Tezpur Lunatic Asylum reports 1895-1904 - 1895-1904
Year: 1895
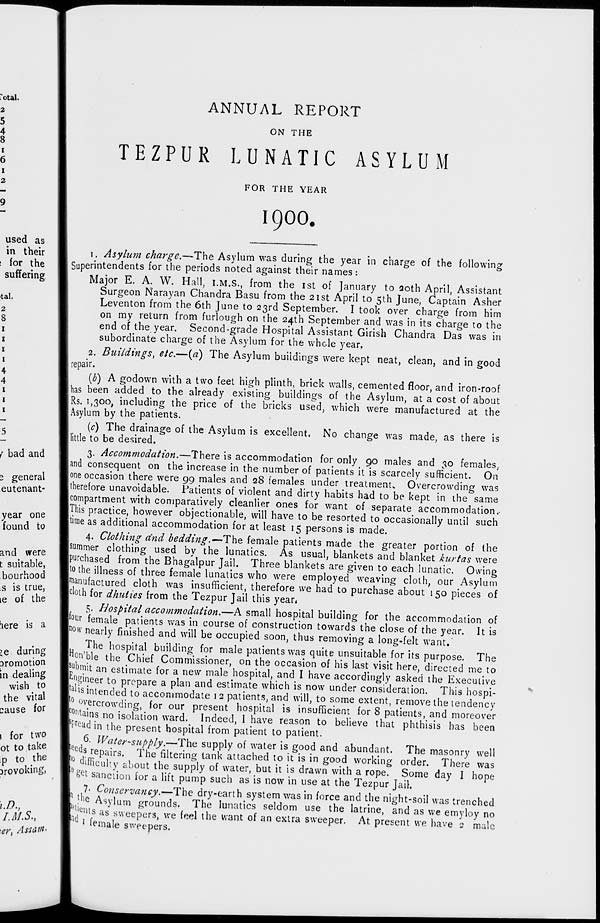
rotal.
2
5
4
8
i
6
i
2
ANNUAL REPORT
ON THE
TEZPUR LUNATIC ASYLUM
FOR THE YEAR
9
1900,
used as
in their
for the
suffering
tat.
2
8
I
I
I
I
4
4
1
1
1
{ bad and
3 general
eutenant-
year one
'found to
and were
t suitable,
bourhood
s is true,
ie of the
iere is a
ie during
Dromotion
in dealing
wish to
the vital
cause fc> r
j for two
ot to take
p to the
Drovoking,
i.D.,
/.M.S.,
er, Assart-
1. Asylum charge.—The Asylum was during the year in charge of the following
Superintendents for the periods noted against their names:
Major E. A. W. Hall, I.M.S., from the 1st of January to 20th April, Assistant
Surgeon Narayan Chandra Basu from the 21st April to 5th June, Captain Asher
Leventon from the 6th June to 23rd September. I took over charge from him
on my return from furlough on the 24th September and was in its charge to the
end of the year. Second-grade Hospital Assistant Girish Chandra Das was in
subordinate charge of the Asylum for the whole year,
2. Buildings, etc.—(a) The Asylum buildings were kept neat, clean, and in good
repair.
(b) A godown with a two feet high plinth, brick walls, cemented floor, and iron-roof
I has been added to the already existing buildings of the Asylum, at a cost of about
Rs. 1,300, including the price of the bricks used, which were manufactured at the
Asylum by the patients.
(c) The drainage of the Asylum is excellent. No change was made, as there is
I little to be desired.
3. Accommodation.—There is accommodation for only 90 males and 30 females,
land consequent on the increase in the number of patients it is scarcely sufficient. On
one occasion there were 99 males and 28 females under treatment. Overcrowding was
therefore unavoidable. Patients of violent and dirty habits had to be kept in the same
compartment with comparatively cleanlier ones for want of separate accommodation.-
This practice, however objectionable, will have to be resorted to occasionally until such
jtime as additional accommodation for at least 15 persons is made.
4. Clothing and bedding.—The female patients made the greater portion of the
Isummer clothing used by the lunatics. As usual, blankets and blanket kurtas were
[purchased from the Bhagalpur Jail. Three blankets are given to each lunatic. Owing
[to the illness of three female lunatics who were employed weaving cloth, our Asylum
[manufactured cloth was insufficient, therefore we had to purchase about 150 pieces of
Jcloth for dhnties from the Tezpur Jail this year*
5. Hospital accommodation.—A small hospital building for the accommodation of
jfour female patients was in course of construction towards the close of the year. It is
il n°w nearly finished and will be occupied soon, thus removing a long-felt want.
The hospital building for male patients was quite unsuitable for its purpose. The
IHon'ble the Chief Commissioner, on the occasion of his last visit here, directed me to
Fbmit an estimate for a new male hospital, and I have accordingly asked the Executive
l^ngineer to prepare a plan and estimate which is now under consideration. This hospi-
tal is intended to accommodate 12 patients, and will, to some extent, remove the tendency
jo overcrowding, for our present hospital is insufficient for 8 patients, and moreover
pntains no isolation ward. Indeed, I have reason to believe that phthisis has been
IP r ead in the present hospital from patient to patient.
6. Water-supply.—The supply of water is good and abundant. The masonry well
P ee as repairs. The filtering tank attached to it is in good working order. There was
0 difficulty about the supply of water, but it is drawn with a rope. Some day I hope
°£et sanction for a lift pump such as is now in use at the Tezpur Jail.
7« Conservancy.—The dry-earth system was in force and the night-soil was trenched
I the Asylum grounds. The lunatics seldom use the latrine, and as we emyloy no
y len ts as sweepers, we feel the want of an extra sweeper. At present we have s male
0 * female sweepers.